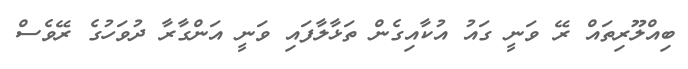
ބިއްލޫރިތައް ރޭ ވަނީ ގައު އުކާއިގެން ތަޅާލާފައި ވަނީ އަންގާރާ ދުވަހުގެ ރޭވެސް